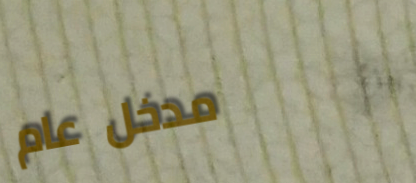
مدخل عام